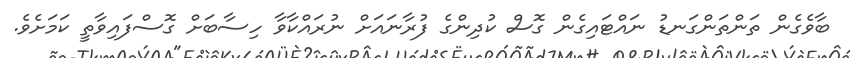
ބާވެގެން ތަންތަންގަނޑު ނައްޓައިގެން ގޮސް ކުދިންގެ ފުރާނައަށް ނުރައްކާވާ ހިސާބަށް ގޮސްފައިވާތީ ކަމަށެވެ.